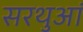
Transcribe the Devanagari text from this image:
सरथुआं